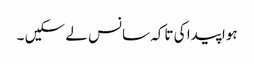
ہوا پیدا کی تاکہ سانس لے سکیں ۔